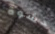
حشوة